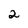
Character: 2